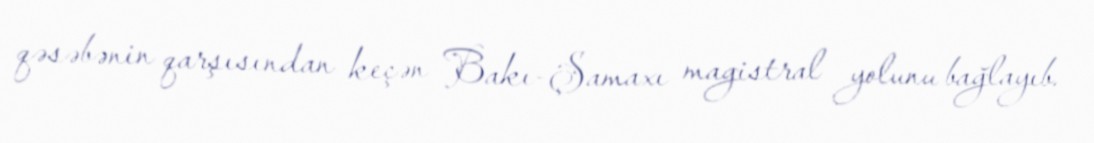
qəsəbənin qarşısından keçən Bakı-Şamaxı magistral yolunu bağlayıb.